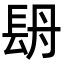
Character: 𨱪